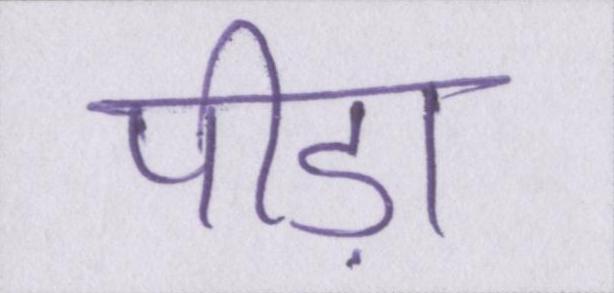
पीड़ा